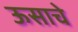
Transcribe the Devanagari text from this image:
ऊसाचे